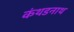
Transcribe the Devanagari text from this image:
कंथडनाथ